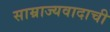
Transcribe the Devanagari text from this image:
साम्राज्यवादाची